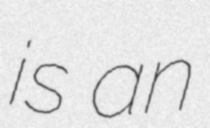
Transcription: is an